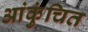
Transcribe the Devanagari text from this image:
आंकुंचित